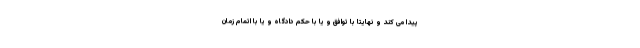
پیدا می کند و نهایتا با توافق و یا با حکم دادگاه و یا با اتمام زمان